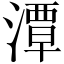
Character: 潭